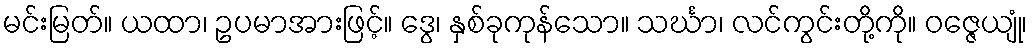
မင်းမြတ်။ ယထာ၊ ဥပမာအားဖြင့်။ ဒွေ၊ နှစ်ခုကုန်သော။ သင်္ဃာ၊ လင်ကွင်းတို့ကို။ ဝဇ္ဇေယျုံ၊